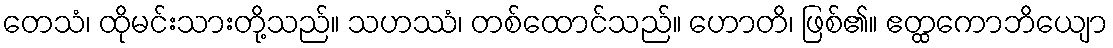
တေသံ၊ ထိုမင်းသားတို့သည်။ သဟဿံ၊ တစ်ထောင်သည်။ ဟောတိ၊ ဖြစ်၏။ ဧတ္ထကောဘိယျော